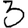
Digit: 3